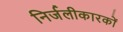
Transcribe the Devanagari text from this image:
निर्जलीकारकों